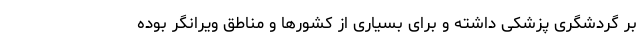
بر گردشگری پزشکی داشته و برای بسیاری از کشورها و مناطق ویرانگر بوده